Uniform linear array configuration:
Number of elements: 64
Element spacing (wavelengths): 0.25
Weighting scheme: blackman
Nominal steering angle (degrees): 30
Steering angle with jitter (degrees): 31.522
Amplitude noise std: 0.05
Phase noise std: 0.05

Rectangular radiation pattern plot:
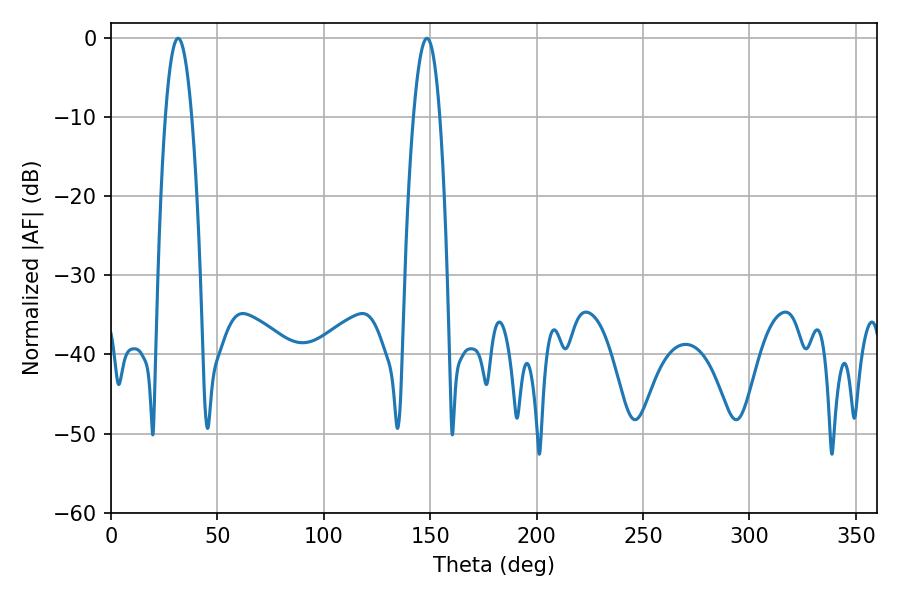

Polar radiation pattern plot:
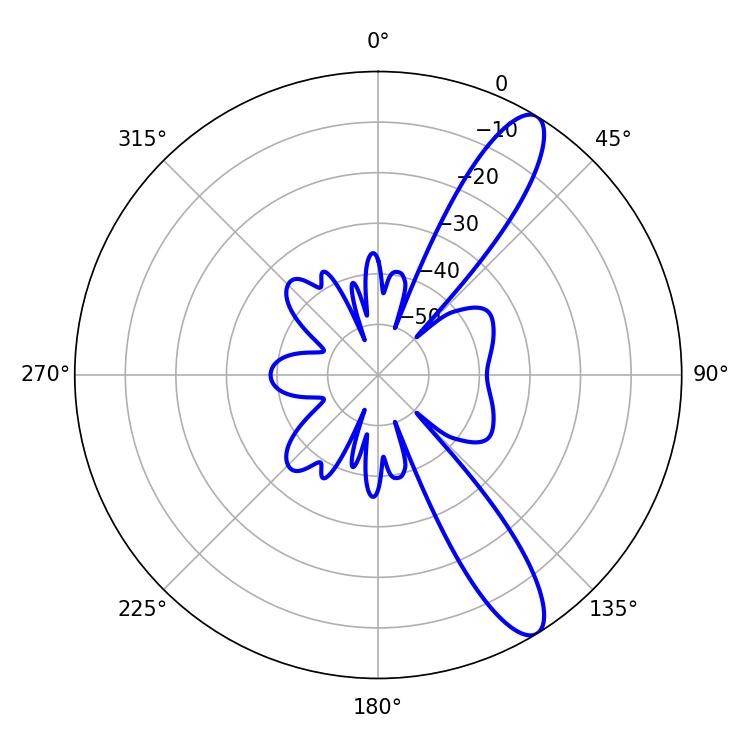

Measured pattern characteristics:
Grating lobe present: FALSE
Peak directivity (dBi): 11.722
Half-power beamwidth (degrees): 6.66
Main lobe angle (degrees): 31.5